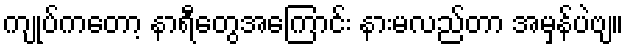
ကျုပ်ကတော့ နာရီတွေအကြောင်း နားမလည်တာ အမှန်ပဲဗျ။